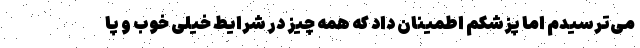
می‌ترسیدم اما پزشکم اطمینان داد که همه چیز در شرایط خیلی خوب و پا